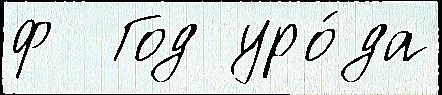
ф  Год уро́да